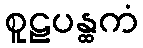
စူဠပန္ထကံ